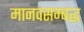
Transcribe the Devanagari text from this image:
मानवसम्बद्ध